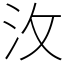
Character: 㳊